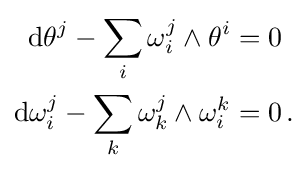
{\begin{aligned}\mathrm {d} \theta ^{j}-\sum _{i}\omega _{i}^{j}\wedge \theta ^{i}&=0\\\mathrm {d} \omega _{i}^{j}-\sum _{k}\omega _{k}^{j}\wedge \omega _{i}^{k}&=0\,.\end{aligned}}